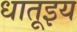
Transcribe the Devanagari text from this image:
धातूइय